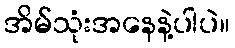
အိမ်သုံးအနေနဲ့ပါပဲ။